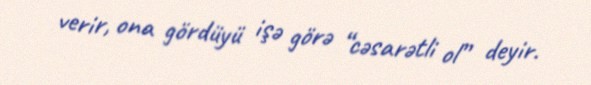
verir, ona gördüyü işə görə “cəsarətli ol” deyir.